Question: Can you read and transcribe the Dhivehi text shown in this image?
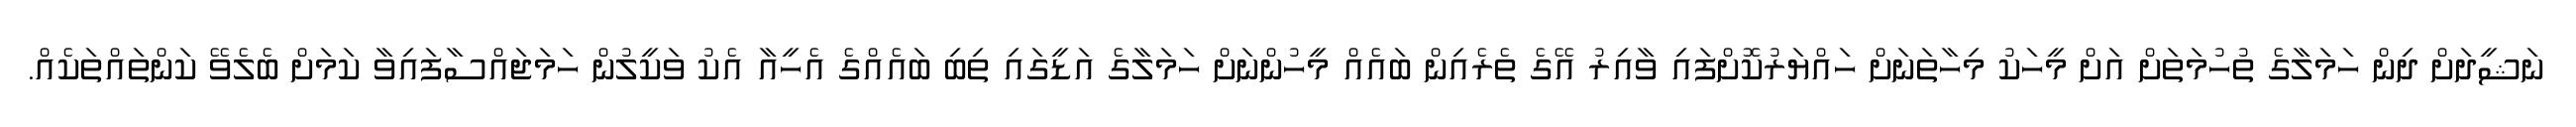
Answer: ނަޝީދަށް ދިން ހަމަލާގެ ތުހުމަތަށް އަށް މީހަކު މިހާތަނަށް ހައްޔަރުކޮށްފައި ވާއިރު އޭގެ ތެރެއިން ބައެއް މީހުންނަށް ހަމަލާގެ އަޑީގައި ތިބި ބައެއްގެ އެހީއާ އެކު ވަކީލުން ހަމަޖައްސާފައިވާ ކަމަށް ބެލެވޭ ކަންތައްތަކެއް.